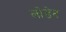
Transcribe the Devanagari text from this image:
लोडेन